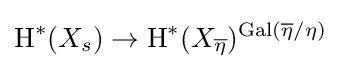
\operatorname {H} ^{*}(X_{s})\to \operatorname {H} ^{*}(X_{\overline {\eta }})^{\operatorname {Gal} ({\overline {\eta }}/\eta )}